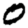
Digit: 0